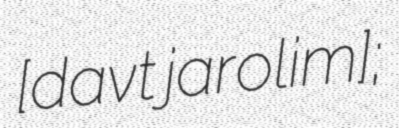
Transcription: [ˈdavɪt ˈjaroliːm];